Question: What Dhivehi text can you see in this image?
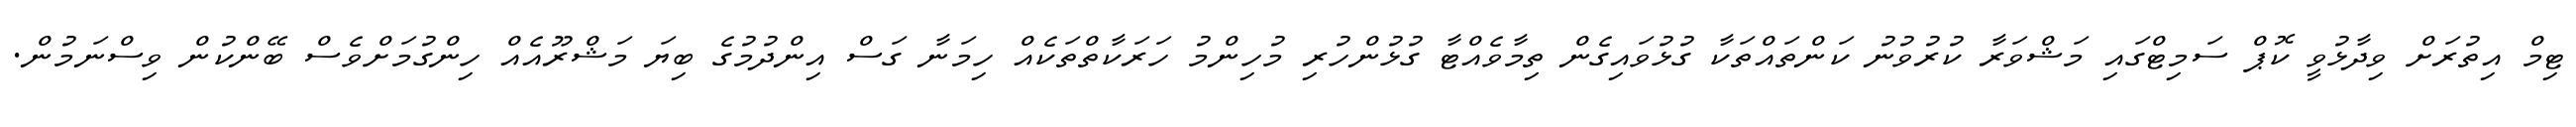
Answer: ޓިމް އިތުރަށް ވިދާޅުވީ ކޮޕް ސަމިޓްގައި މަޝްވަރާ ކުރުވުނު ކަންތައްތަކާ ގުޅުވައިގެން ތިމާވެއްޓާ ގުޅުންހުރި މުހިންމު ހަރަކާތްތަކެއް ހިމަނާ ގަސް އިންދުމުގެ ބިޔަ މަޝްރޫއެއް ހިންގުމަށްވެސް ބޭންކުން ވިސްނަމުން.